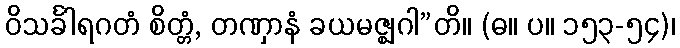
ဝိသင်္ခါရဂတံ စိတ္တံ, တဏှာနံ ခယမဇ္ဈဂါ”တိ။ (ဓ။ ပ။ ၁၅၃-၅၄)၊